Vaccination in Bombay 1869-1873 - 1869-1873
Year: 1869
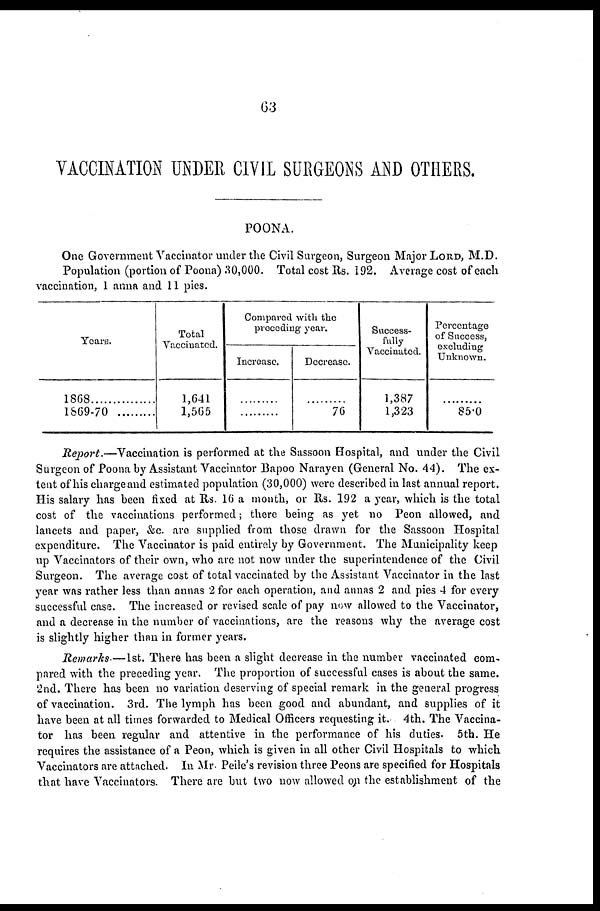
63
VACCINATION UNDER CIVIL SURGEONS AND OTHERS.
POONA.
One Government Vaccinator under the Civil Surgeon, Surgeon Major LORD, M.D.
Population (portion of Poona) 30,000. Total cost Rs. 192. Average cost of each
vaccination, 1 anna and 11 pies.
Years.
1868
1869-70
Total
Vaccinated.
1,641
1,565
Comparcd with the
proceding year.
Increase.
...........
...........
Decrease.
...........
76
Success-
fully
Vaccinated.
1,387
1,323
Percentage
of Success,
excluding
Unknown.
...........
85.0
Report.—Vaccination is performed at the Sassoon Hospital, and under the Civil
Surgeon of Poona by Assistant Vaccinator Bapoo Narayen (General No. 44). The ex-
tent of his charge and estimated population (30,000) were described in last annual report.
His salary has been fixed at Rs. 16 a month, or Rs. 192 a year, which is the total
cost of the vaccinations performed; there being as yet no Peon allowed, and
lancets and paper, &c. are supplied from those drawn for the Sassoon Hospital
expenditure. The Vaccinator is paid entirely by Government. The Municipality keep
up Vaccinators of their own, who are not now under the superintendence of the Civil
Surgeon. The average cost of total vaccinated by the Assistant Vaccinator in the last
year was rather less than annas 2 for each operation, and annas 2 and pies 4 for every
successful case. The increased or revised scale of pay now allowed to the Vaccinator,
and a decrease in the number of vaccinations, are the reasons why the average cost
is slightly higher than in former years.
Remarks-—1st. There has been a slight decrease in the number vaccinated com-
pared with the preceding year. The proportion of successful cases is about the same.
2nd. There has been no variation deserving of special remark in the general progress
of vaccination. 3rd. The lymph has been good and abundant, and supplies of it
have been at all times forwarded to Medical Officers requesting it. 4th. The Vaccina-
tor has been regular and attentive in the performance of his duties. 5th. He
requires the assistance of a Peon, which is given in all other Civil Hospitals to which
Vaccinators are attached. In Mr. Peile's revision three Peons are specified for Hospitals
that have Vaccinators. There are but two now allowed on the establishment of the